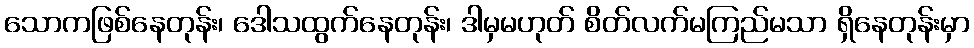
သောကဖြစ်နေတုန်း၊ ဒေါသထွက်နေတုန်း၊ ဒါမှမဟုတ် စိတ်လက်မကြည်မသာ ရှိနေတုန်းမှာ